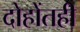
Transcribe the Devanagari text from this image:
दोहोंतही